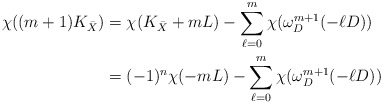
\begin{align*}\chi((m+1)K_{\bar X}) &=\chi(K_{\bar X}+mL)-\sum_{\ell=0}^m\chi(\omega^{m+1}_D(-\ell D))\\&=(-1)^n\chi(-mL)-\sum_{\ell=0}^m\chi(\omega^{m+1}_D(-\ell D))\end{align*}